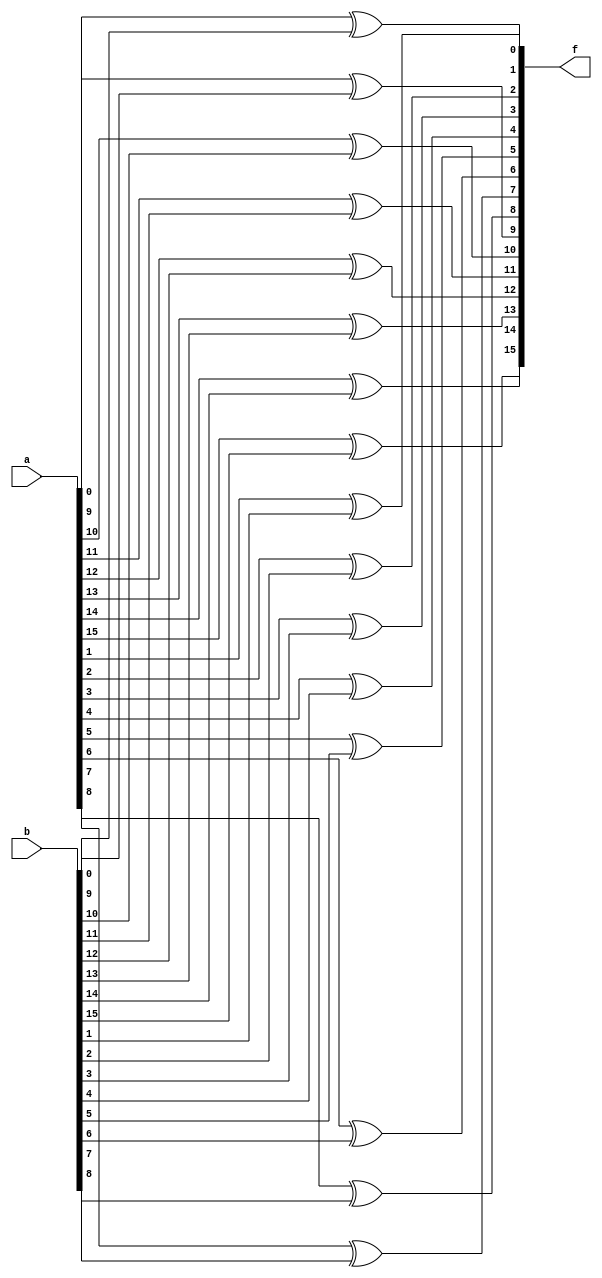
module xor_bitwise (f, a, b);
    parameter N = 16;
    input [N-1:0] a, b;
    output [N-1:0] f;
    genvar p;
    
    generate
      for ( p = 0; p < N; p = p+1)
        begin
          xor XG (f[p], a[p], b[p]);
        end
    endgenerate
endmodule


module generate_test;
    reg [15:0] x, y;
    wire [15:0] out;
    
    xor_bitwise DUT (.f(out), .a(x), .b(y));
    
    initial
      begin
        $monitor ($time, "X: %b,  Y: %b,  Output: %b", x, y, out);
        x = 16'haaaa; y = 16'h00ff;
        #10 x = 16'h0f0f; y = 16'h3333;
        #20 $finish;
      end
endmodule